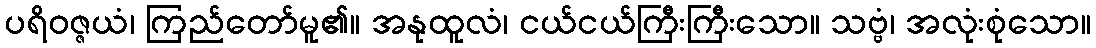
ပရိဝဇ္ဇယံ၊ ကြည်တော်မူ၏။ အနုထူလံ၊ ငယ်ငယ်ကြီးကြီးသော။ သဗ္ဗံ၊ အလုံးစုံသော။